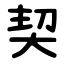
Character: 契